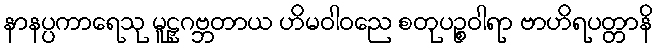
နာနပ္ပကာရေသု မူဠှဂဗ္ဘတာယ ဟိမဝါဝညေ စတုပဉ္စဝါရာ ဗာဟိရပတ္တာနိ